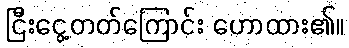
ငြီးငွေ့တတ်ကြောင်း ဟောထား၏။